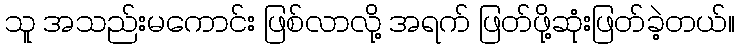
သူ အသည်းမကောင်း ဖြစ်လာလို့ အရက် ဖြတ်ဖို့ဆုံးဖြတ်ခဲ့တယ်။